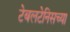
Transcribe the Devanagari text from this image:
टेबलटेनिसच्या